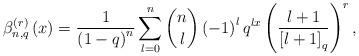
LaTeX: \begin{align*}\beta_{n,q}^{\left(r\right)}\left(x\right)=\frac{1}{\left(1-q\right)^{n}}\sum_{l=0}^{n}\dbinom{n}{l}\left(-1\right)^{l}q^{lx}\left(\frac{l+1}{\left[l+1\right]_{q}}\right)^{r},\end{align*}